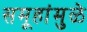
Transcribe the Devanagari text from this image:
समूहांमुळे